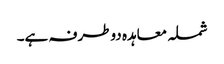
شملہ معاہدہ دوطرفہ ہے۔